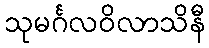
သုမင်္ဂလဝိလာသိနီ